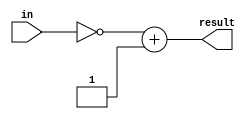
// This program was cloned from: https://github.com/tioluwanimofe/cpu_verilog
// License: MIT License

module twosCompliment(in,result);
   input [31:0] in;
   output [31:0] result;
   reg [31:0] result;
	
   always@(*) 
   begin
       result = ~in + 1;
   end
endmodule